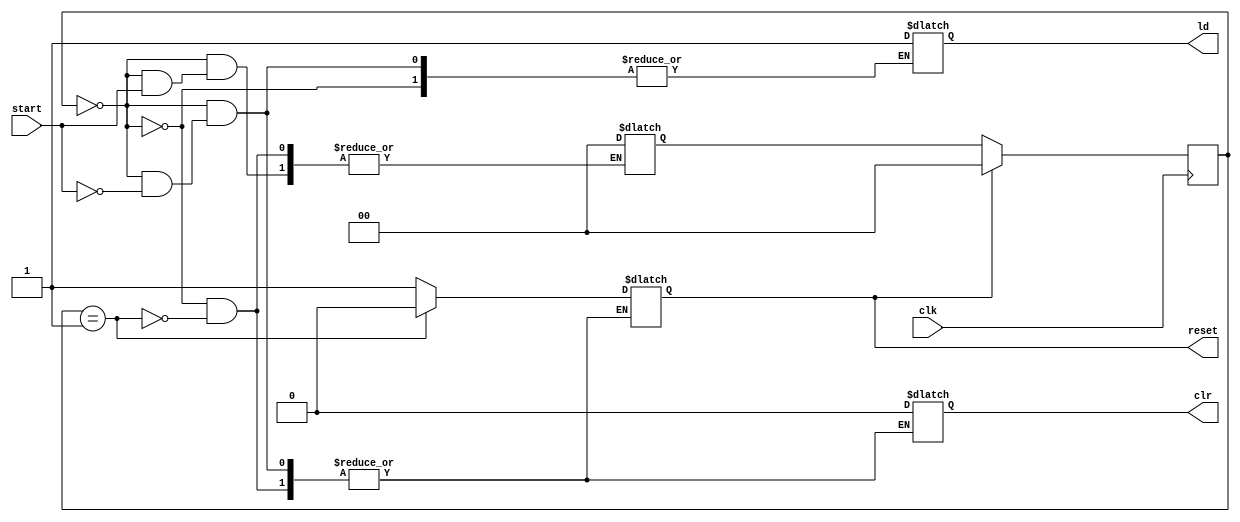
`timescale 1ns / 1ps

module fsm2(start,ld,reset,clr,clk);
input start,clk;
output reg reset,ld,clr;
reg [1:0]state, nextstate;

parameter INIT=0;
parameter s1=1;

always@(posedge clk)begin
    if(reset==1)
        state = INIT;
    else
        state = nextstate;
end

always@(*)begin
     case(state)
        INIT: begin
            if(start==1)begin
                clr = 0;
                ld = 1;
                reset = 1;
//                nextstate = s1;
            end
            else
                nextstate = INIT;
        end
        s1: begin
            reset = 0;
            clr = 0;
            nextstate = INIT;
        end
    endcase
end
endmodule